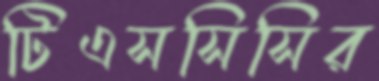
টিএসসিসির